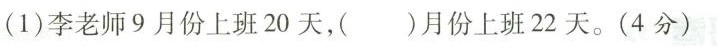
(1)李老师9月份上班20天，()月份上班22天。(4分)